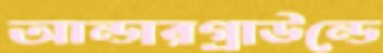
আন্ডারগ্রাউন্ডে